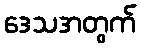
ဒေသအတွက်